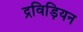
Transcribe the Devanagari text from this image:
द्रविड़ियन